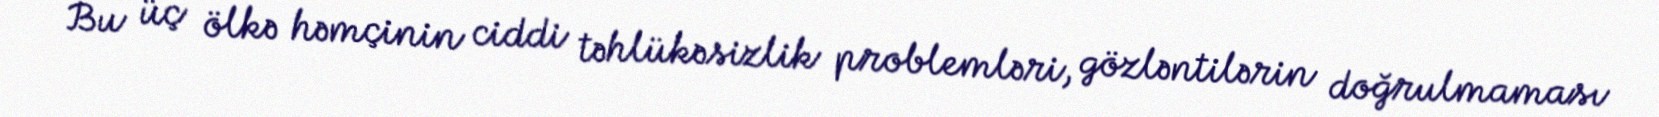
Bu üç ölkə həmçinin ciddi təhlükəsizlik problemləri, gözləntilərin doğrulmaması